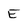
Character: E